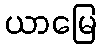
ယာမြေ